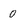
Character: 0